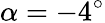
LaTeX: \alpha=-4^{\circ}